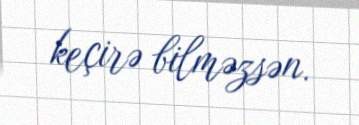
keçirə bilməzsən.